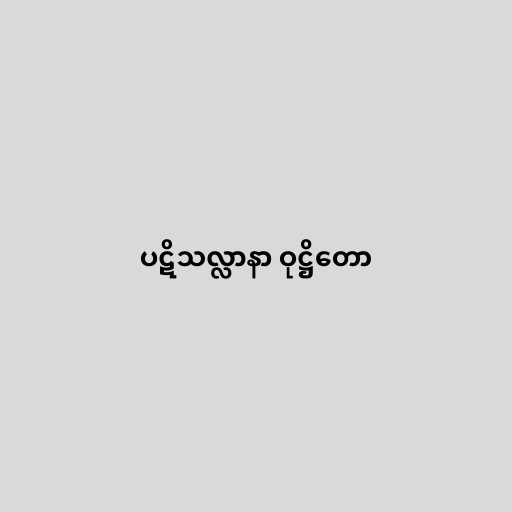
ပဋိသလ္လာနာ ဝုဋ္ဌိတော